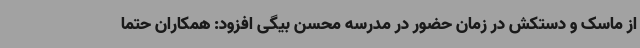
از ماسک و دستکش در زمان حضور در مدرسه محسن بیگی افزود: همکاران حتما